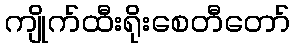
ကျိုက်ထီးရိုးစေတီတော်